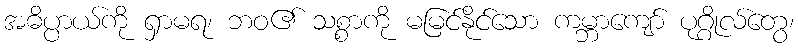
အဓိပ္ပာယ်ကို ရှာမရ၊ ဘဝ၏ သစ္စာကို မမြင်နိုင်သော ကမ္ဘာကျော် ပုဂ္ဂိုလ်တွေ၊